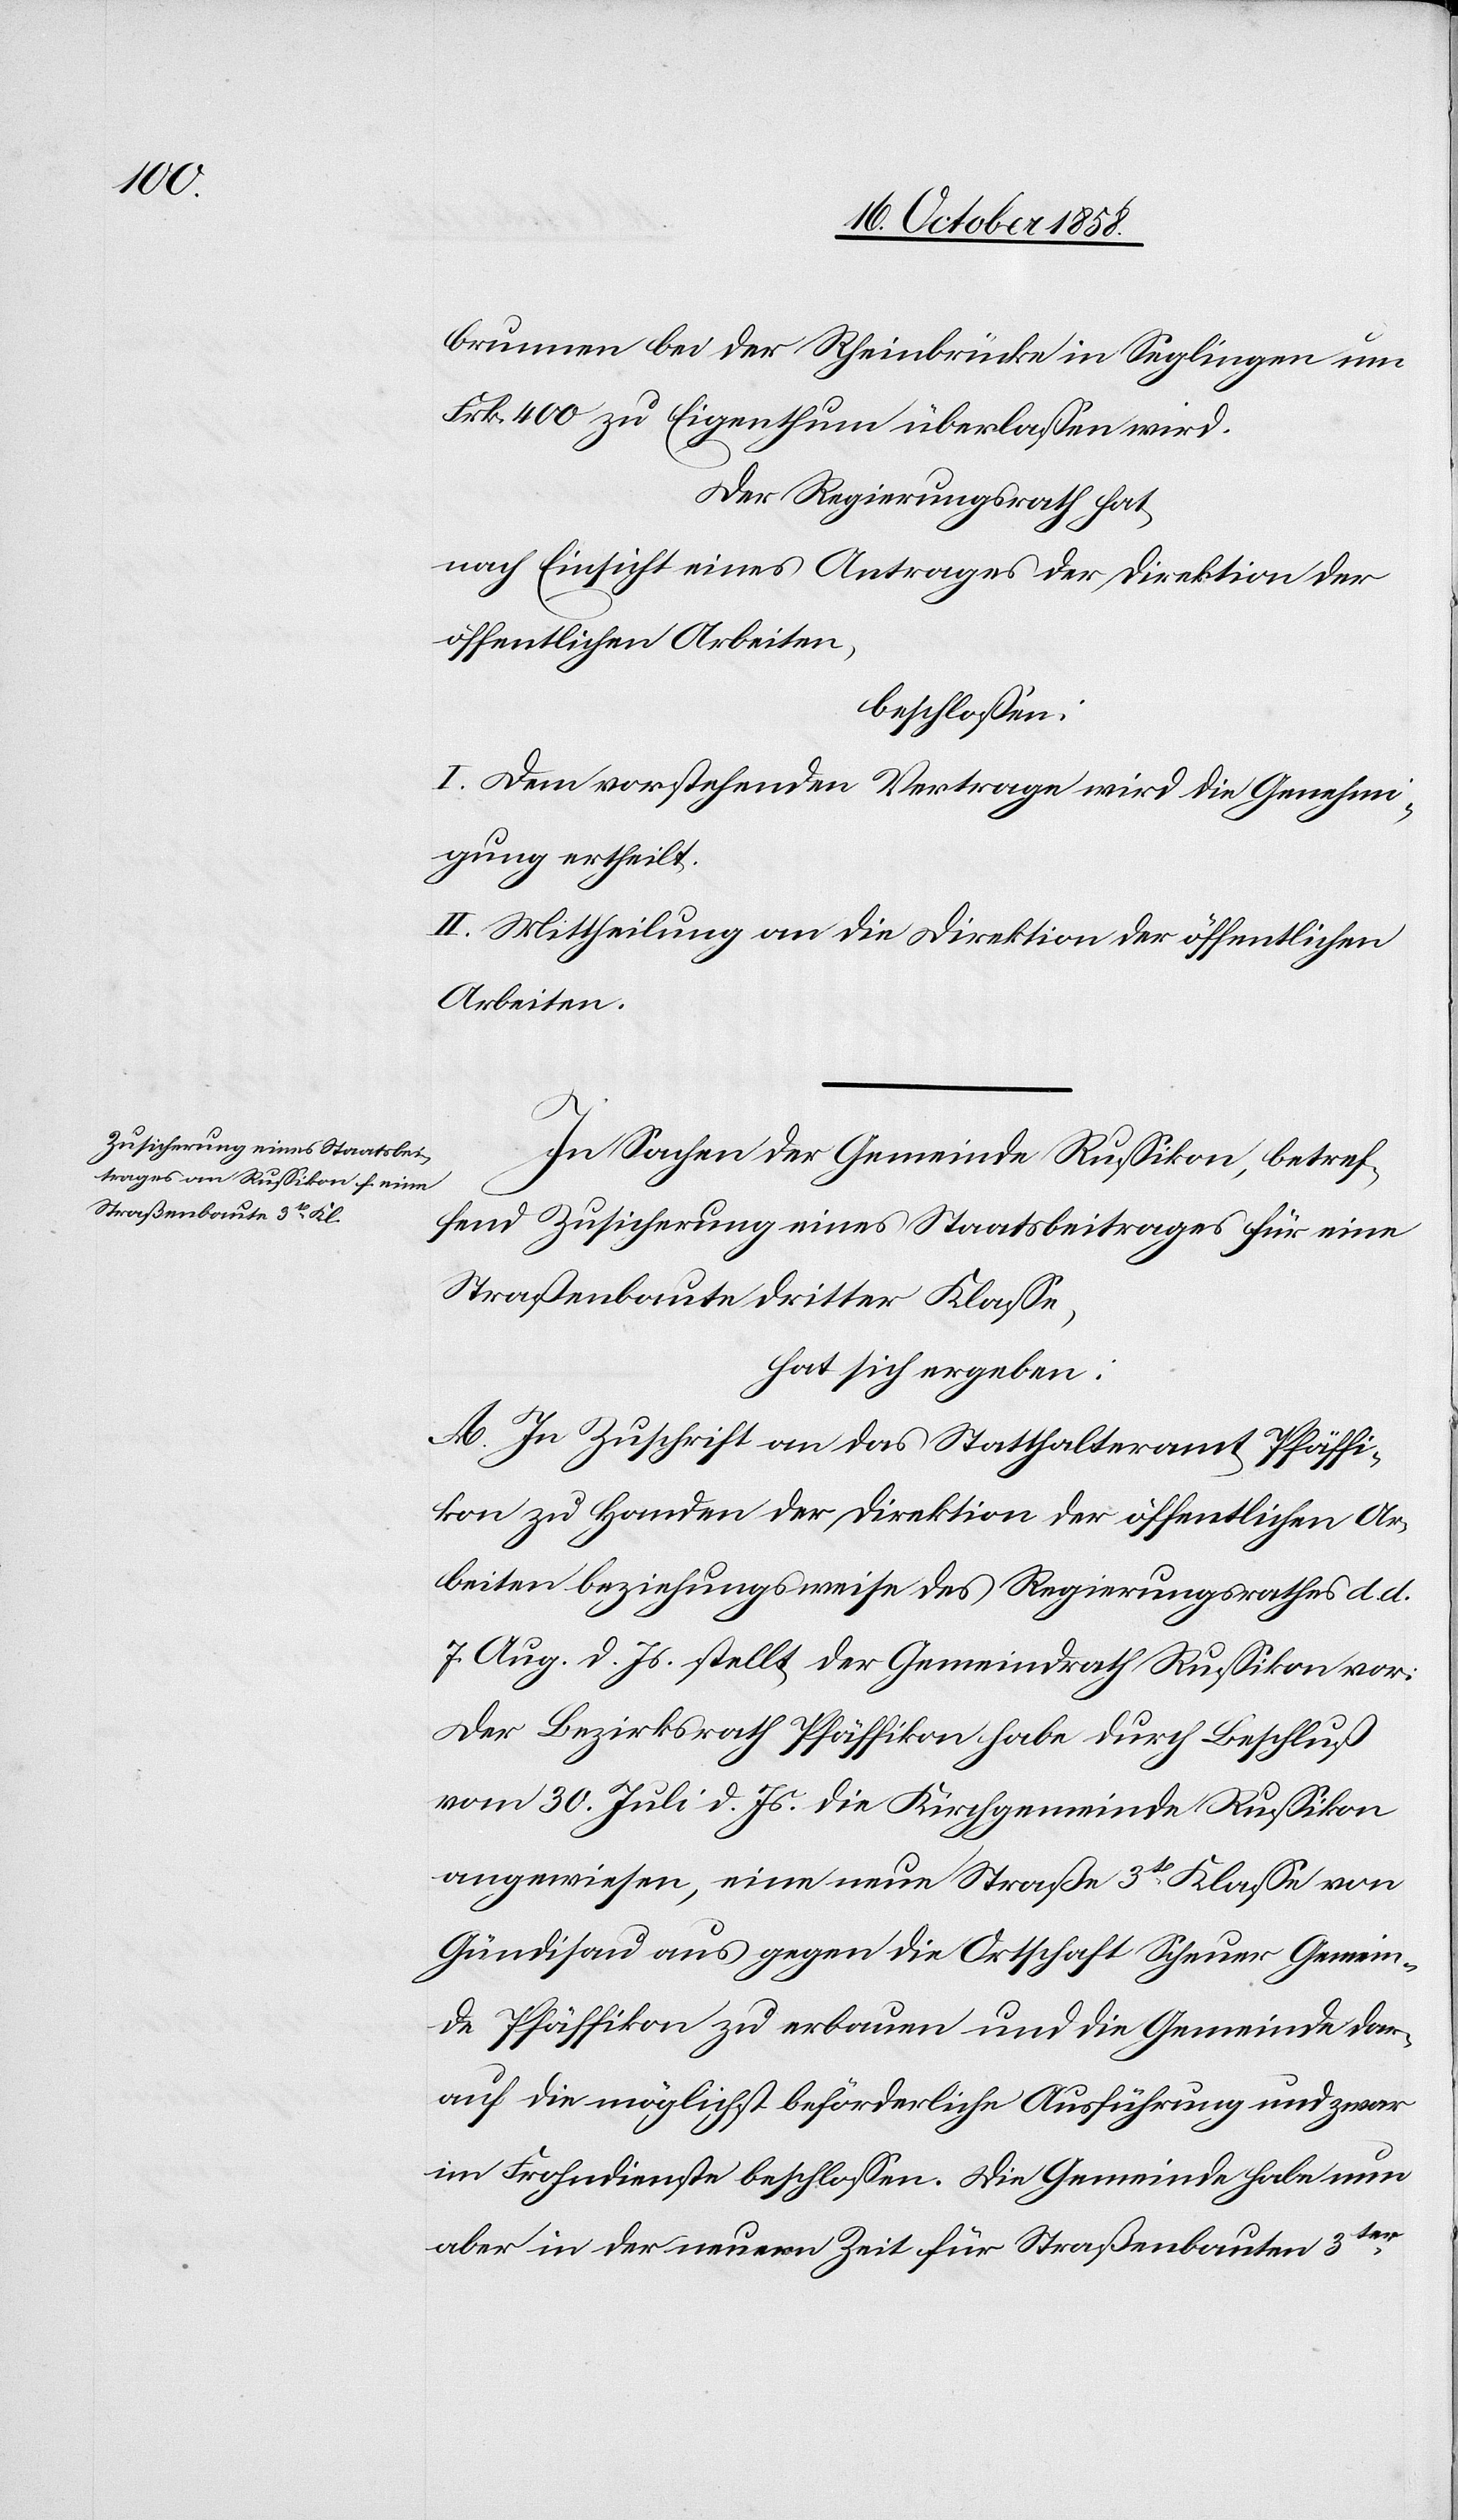
brunnen bei der Rheinbrücke in Seglingen um
Frk. 400 zu Eigenthum überlassen wird.
Der Regierungsrath hat,
nach Einsicht eines Antrages der Direktion der
öffentlichen Arbeiten,
beschlossen:
I. Dem vorstehenden Vertrage wird die Genehmi¬
gung ertheilt.
II. Mittheilung an die Direktion der öffentlichen
Arbeiten.
In Sachen der Gemeinde Russikon, betref¬
fend Zusicherung eines Staatsbeitrages für eine
Straßenbaute dritter Klasse,
hat sich ergeben:
A. In Zuschrift an das Statthalteramt Pfäffi¬
kon zu Handen der Direktion der öffentlichen Ar¬
beiten beziehungsweise des Regierungsrathes d. d.
7. Aug. d. Js. stellt der Gemeindrath Russikon vor:
Der Bezirksrath Pfäffikon habe durch Beschluß
vom 30. Juli d. Js. die Kirchgemeinde Russikon
angewiesen, eine neue Straße 3t. Klasse von
Gündisau aus gegen die Ortschaft Scheuer Gemein¬
de Pfäffikon zu erbauen und die Gemeinde dar¬
auf die möglichst beförderliche Ausführung und zwar
im Frohndienste beschlossen. Die Gemeinde habe nun
aber in der neuern Zeit für Straßenbauten 3ter